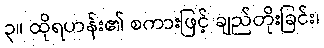
၃။ ထိုရဟန်း၏ စကားဖြင့် ချည်တိုးခြင်း၊